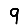
Digit: 9